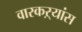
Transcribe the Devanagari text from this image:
वारकऱ्यांस